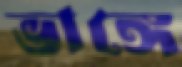
ভাঙ্গে